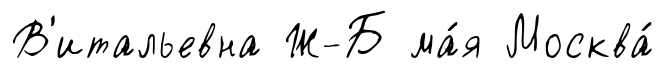
В'итальевна Ж-Б ма́я Москва́